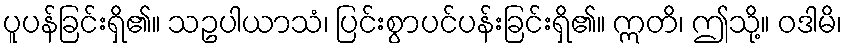
ပူပန်ခြင်းရှိ၏။ သဥပါယာသံ၊ ပြင်းစွာပင်ပန်းခြင်းရှိ၏။ ဣတိ၊ ဤသို့။ ဝဒါမိ၊